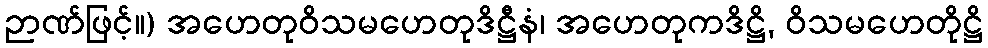
ဉာဏ်ဖြင့်။) အဟေတုဝိသမဟေတုဒိဋ္ဌီနံ၊ အဟေတုကဒိဋ္ဌိ, ဝိသမဟေတိုဋ္ဌိ